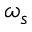
\omega _ { s }